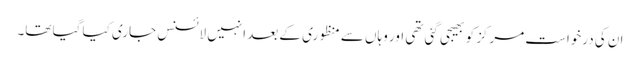
ان کی درخواست مرکز کو بھیجی گئی تھی اور وہاں سے منظوری کے بعد انہیں لائسنس جاری کیا گیا تھا۔